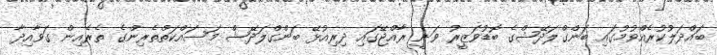
ބައްދަލުކުރެއްވުމުގައި ބަންގްލަދޭޝްގެ ބޮޑުވަޒީރު ވަނީ ރާއްޖޭގައި ދިރިއުޅޭ ބަންގްލަދޭޝް މަސައްކަތްތެރިންގެ ތެރެއިން ގަވާއިދާ